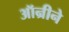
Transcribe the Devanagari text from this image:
ऑन्रीने